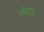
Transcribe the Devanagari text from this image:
नेढ्याला